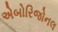
એબોરિજોનલ